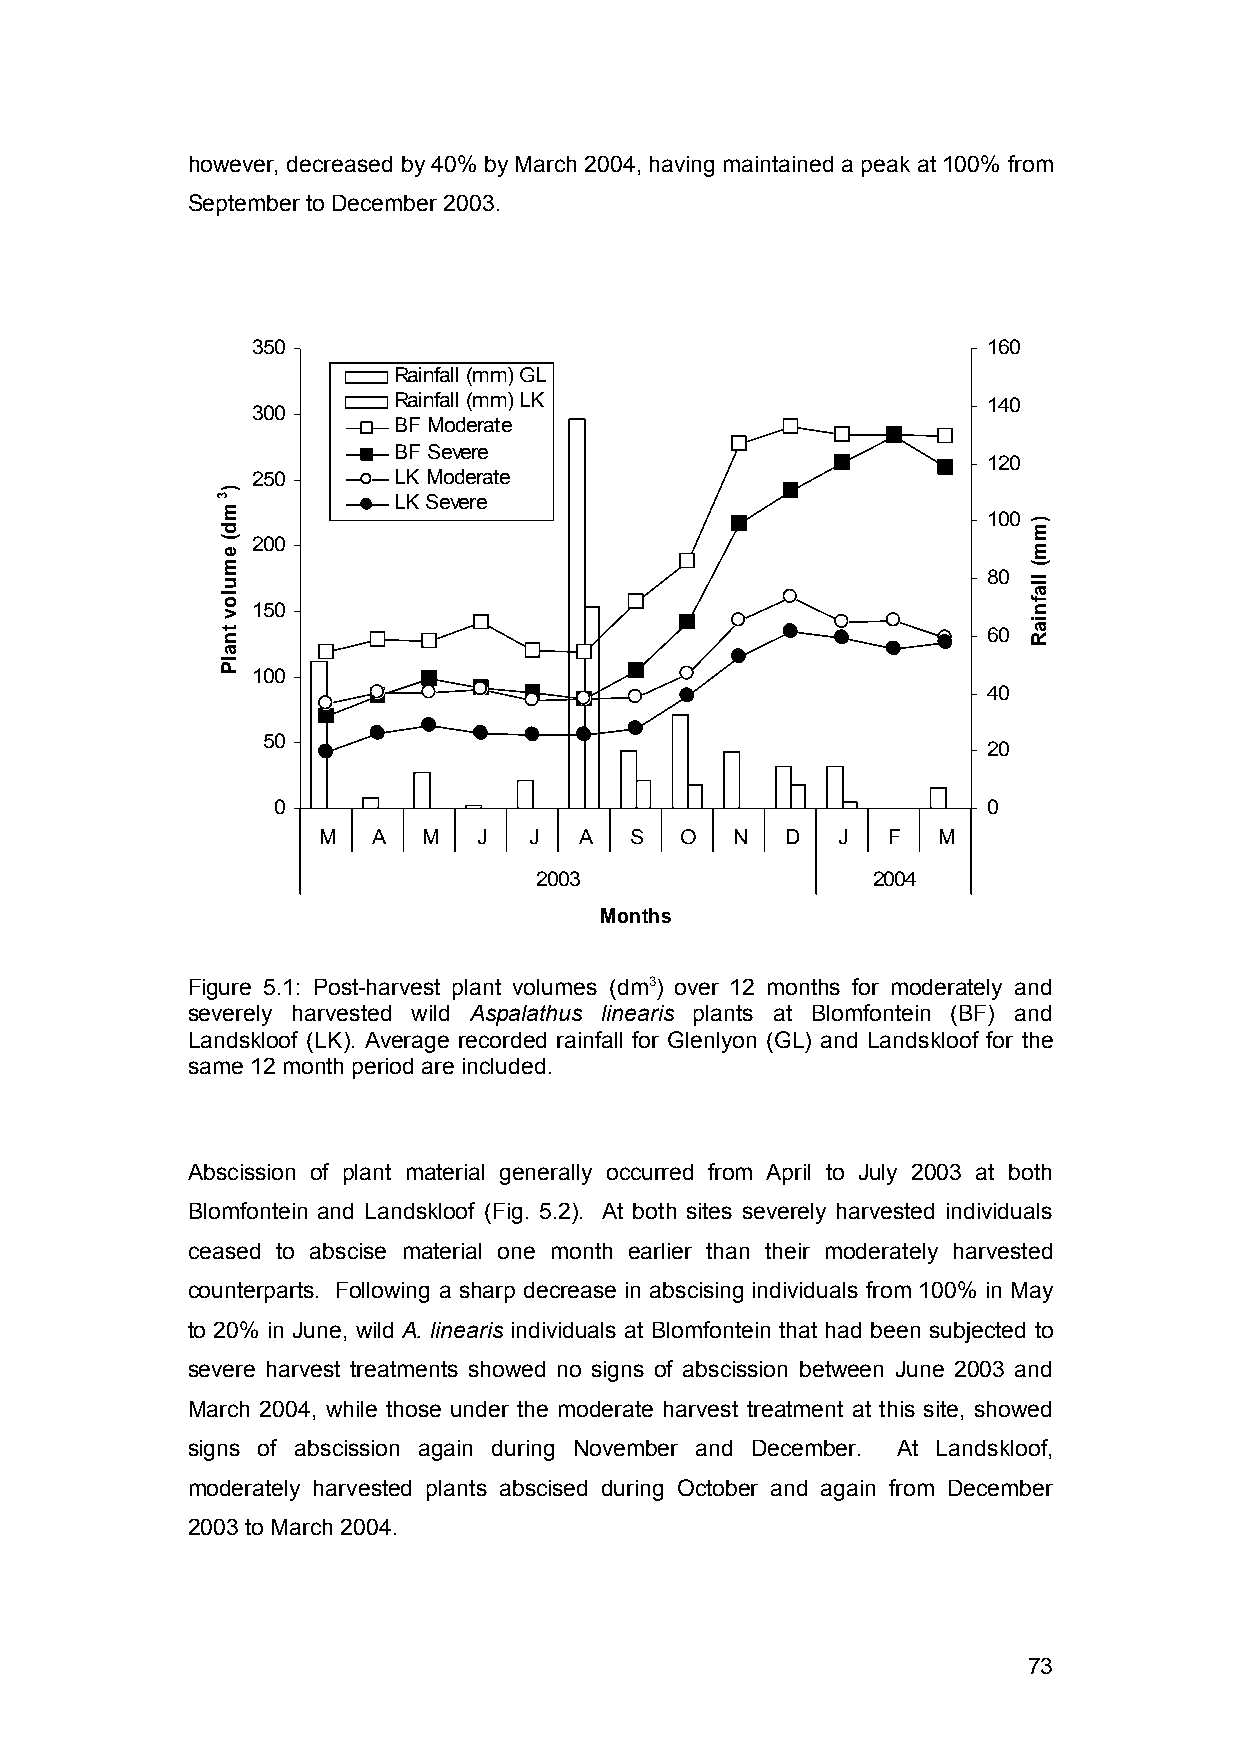
however, decreased by 40% by March 2004, having maintained a peak at 100% from
 September to December 2003.
 350                                             160
 Rainfall (mm) GL
 Rainfall (mm) LK                       140
 300
 BF Moderate
 BF Severe
 120
 250      LK Moderate
 LK Severe
 100
 200
 80
 150
 60
 100
 40
 50
 20
 0                                              0
 M   A  M   J  J  A   S  O   N  D  J   F  M
 2003                   2004
 Months
 Figure 5.1: Post-harvest plant volumes (dm3) over 12 months for moderately and
 severely harvested wild Aspalathus linearis plants at Blomfontein (BF) and
 Landskloof (LK). Average recorded rainfall for Glenlyon (GL) and Landskloof for the
 same 12 month period are included.
 Abscission of plant material generally occurred from April to July 2003 at both
 Blomfontein and Landskloof (Fig. 5.2). At both sites severely harvested individuals
 ceased to abscise material one month earlier than their moderately harvested
 counterparts. Following a sharp decrease in abscising individuals from 100% in May
 to 20% in June, wild A. linearis individuals at Blomfontein that had been subjected to
 severe harvest treatments showed no signs of abscission between June 2003 and
 March 2004, while those under the moderate harvest treatment at this site, showed
 signs of abscission again during November and December. At Landskloof,
 moderately harvested plants abscised during October and again from December
 2003 to March 2004.
 73
 )3md(
 emulov
 tnalP
 )mm(
 llafniaR